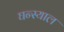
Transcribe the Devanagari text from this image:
घन्स्याल